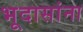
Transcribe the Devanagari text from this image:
भूदासांना